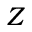
Z